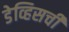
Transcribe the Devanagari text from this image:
डेव्हिसची